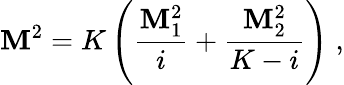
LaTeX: \mathbf{M}^{2}=K\left(\frac{{\mathbf{M}_{1}^{2}}}{{i}}+\frac{{\mathbf{M}_{2}^{2}}}{{K-i}}\right)\; ,